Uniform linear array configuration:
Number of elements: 64
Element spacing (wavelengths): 1
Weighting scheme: exponential
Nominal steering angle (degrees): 30
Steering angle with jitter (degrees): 31.771
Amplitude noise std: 0.05
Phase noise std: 0.05

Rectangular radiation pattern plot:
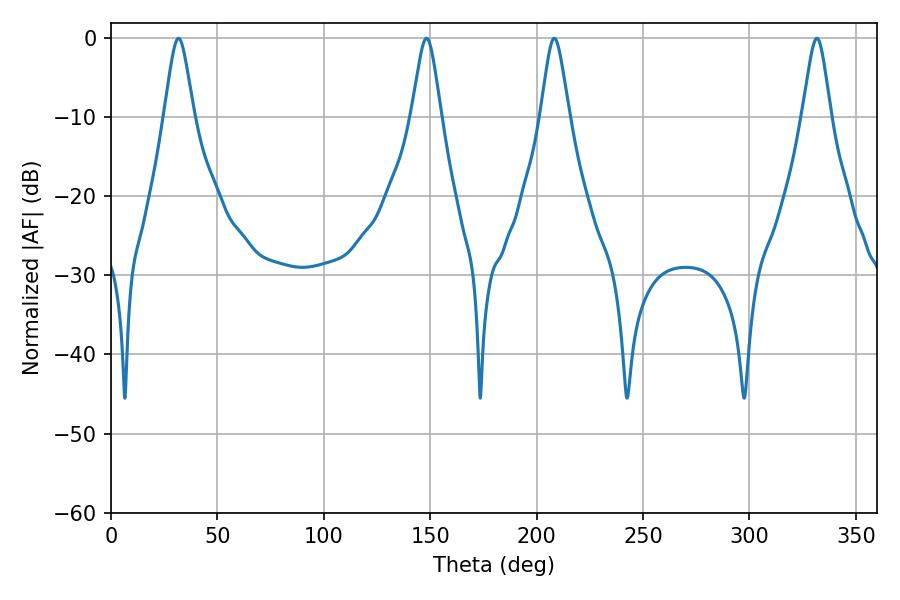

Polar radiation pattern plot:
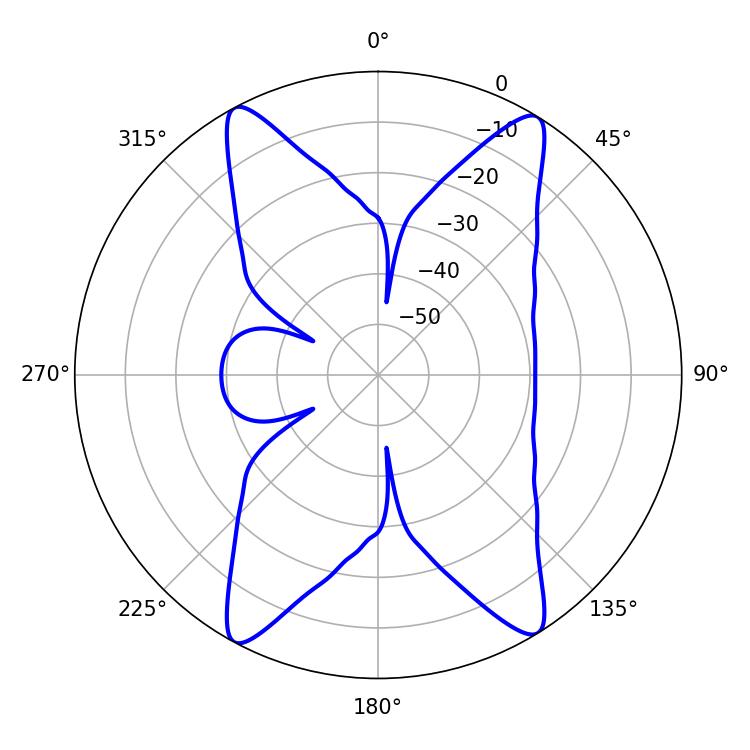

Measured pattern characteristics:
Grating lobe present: TRUE
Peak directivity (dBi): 19.5
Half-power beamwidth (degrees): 6.3
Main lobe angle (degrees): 208.26